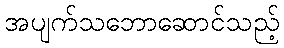
အပျက်သဘောဆောင်သည့်